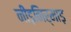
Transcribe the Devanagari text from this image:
नीड़निर्माड़